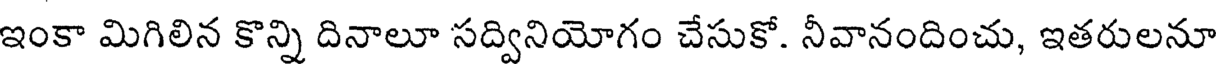
ఇంకా మిగిలిన కొన్ని దినాలూ సద్వినియోగం చేసుకో. నీవానందించు, ఇతరులనూ